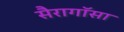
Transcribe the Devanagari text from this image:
सैरागॉसा